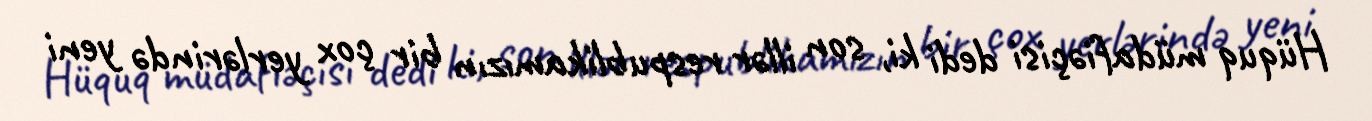
Hüquq müdafiəçisi dedi ki, son illər respublikamızın bir çox yerlərində yeni